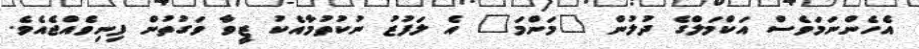
އެހެންނަމަވެސް އަކްމަލްގެ ދުލުން "މަންމަ" އެ ލަފުޒު ނުކުތުމާއެކު ޒީވާ ވަގުތުން ފިނިވެއްޖެއެވެ.